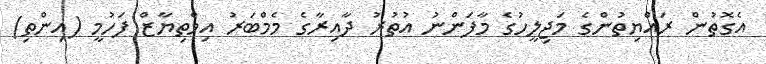
އެގޮތުން ރައްޔިތުންގެ މަޖިލީހުގެ މާފަންނު އުތުރު ދާއިރާގެ މެމްބަރު އިމްތިޔާޒް ފަހުމީ (އިންތި)